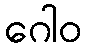
ဂေါဝ